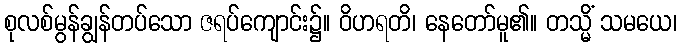
စုလစ်မွန်ချွန်တပ်သော ဇရပ်ကျောင်း၌။ ဝိဟရတိ၊ နေတော်မူ၏။ တသ္မိံ သမယေ၊